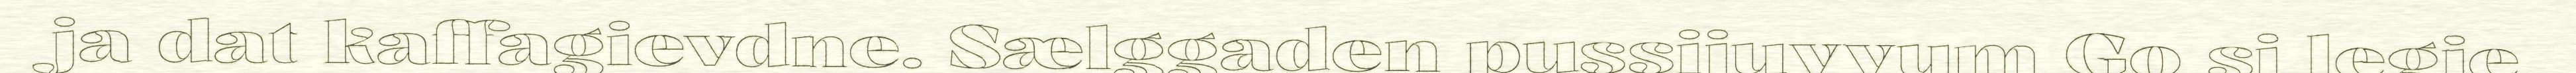
ja dat kaffagievdne. Sælggaden pussijuvvum Go si legje